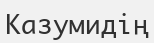
Казумидің